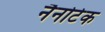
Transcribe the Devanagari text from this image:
नैनोटेक